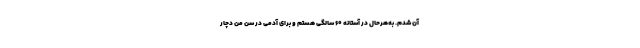
آن شدم. به‌هرحال در آستانه ۶۰ سالگی هستم و برای آدمی در سن من دچار